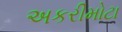
અકરીમોટા